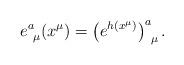
LaTeX: \begin{align*} e^a_{~\mu}(x^\mu)=\left( e^{h(x^\mu)}\right)^a_{~\mu}.\end{align*}